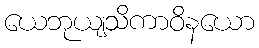
ယေဘုယျသိကာဝိနယော